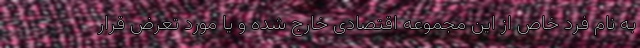
به نام فرد خاص از این مجموعه اقتصادی خارج شده و یا مورد تعرض قرار